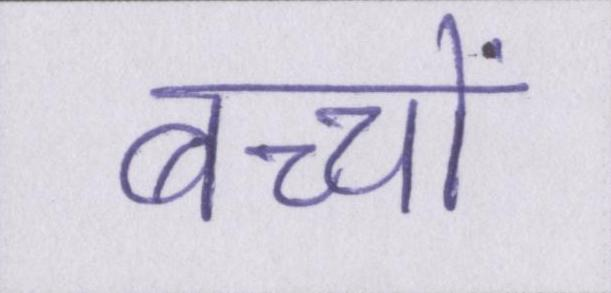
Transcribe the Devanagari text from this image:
बच्चों